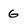
Character: G